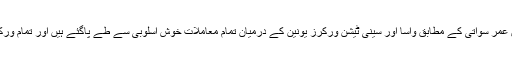
واٹر اینڈ سینی ٹیشن سروسز کمپنی ایبٹ آباد (واسا) کے ترجمان عمر سواتی کے مطابق واسا اور سینی ٹیشن ورکرز یونین کے درمیان تمام معاملات خوش اسلوبی سے طے پاگئے ہیں اور تمام ورکرز(آج )سے باقاعدہ یونیفارم میں اپنی خدمات سرانجام دیں گے۔